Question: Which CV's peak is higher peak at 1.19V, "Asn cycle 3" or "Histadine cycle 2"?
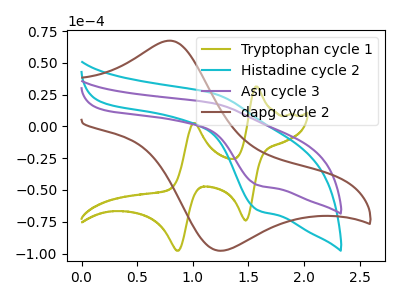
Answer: <think>The olive curve "Tryptophan cycle 1" has anodic peaks at (1.55V, 31.30uA) (1.00V, 2.65uA) and cathodic peaks at (1.50V, -73.95uA) (0.85V, -97.85uA). The cyan curve "Histadine cycle 2" has an anodic peak at (1.20V, 25.70uA) and a cathodic peak at (1.60V, -65.85uA). The purple curve "Asn cycle 3" has an anodic peak at (1.20V, 18.05uA) and a cathodic peak at (1.60V, -46.20uA). The brown curve "dapg cycle 2" has an anodic peak at (0.80V, 67.40uA) and a cathodic peak at (1.25V, -97.70uA).</think>
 <answer>The peak at 1.19V is lower in "Asn cycle 3" than in "Histadine cycle 2".</answer>
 <eval>lower</eval>